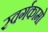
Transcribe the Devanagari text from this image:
स्वर्गकामो